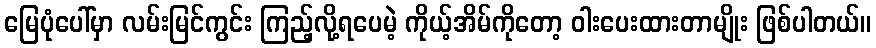
မြေပုံပေါ်မှာ လမ်းမြင်ကွင်း ကြည့်လို့ရပေမဲ့ ကိုယ့်အိမ်ကိုတော့ ဝါးပေးထားတာမျိုး ဖြစ်ပါတယ်။